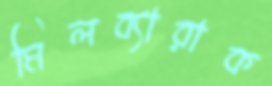
মিলব্যারাক